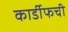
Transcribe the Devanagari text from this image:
कार्डीफची